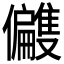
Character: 𫤑